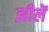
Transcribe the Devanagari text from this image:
झीलॆं